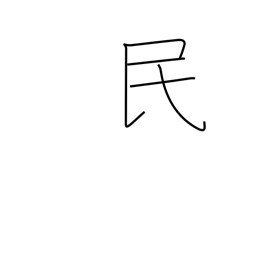
Meaning: nation